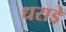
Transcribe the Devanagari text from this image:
धराडे